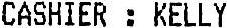
CASHIER : KELLY